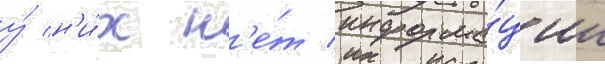
у́ н'и́х н'е́т информа́ции